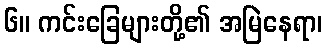
၆။ ကင်းခြေများတို့၏ အမြဲနေရာ၊